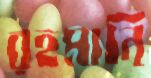
রহমানি